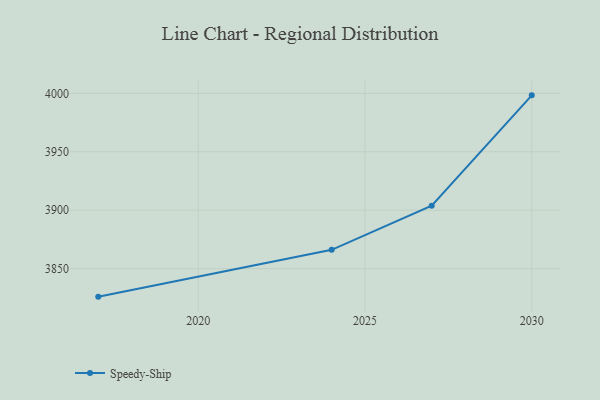
{"axis": {"x": "Year", "y": "Churn Rate (%)"}, "legend": ["Speedy-Ship"], "data": [{"x": "2030", "y": 3998.3, "type": "Speedy-Ship"}, {"x": "2027", "y": 3903.8, "type": "Speedy-Ship"}, {"x": "2024", "y": 3866.1, "type": "Speedy-Ship"}, {"x": "2017", "y": 3826.0, "type": "Speedy-Ship"}]}